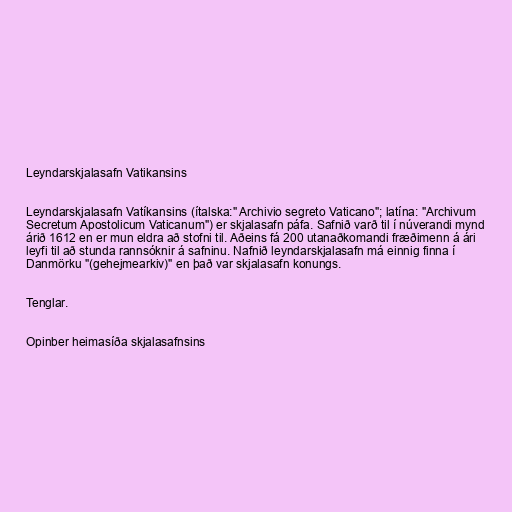
Leyndarskjalasafn Vatikansins

Leyndarskjalasafn Vatíkansins (ítalska:" Archivio segreto Vaticano"; latína: "Archivum
Secretum Apostolicum Vaticanum") er skjalasafn páfa. Safnið varð til í núverandi mynd
árið 1612 en er mun eldra að stofni til. Aðeins fá 200 utanaðkomandi fræðimenn á ári
leyfi til að stunda rannsóknir á safninu. Nafnið leyndarskjalasafn má einnig finna í
Danmörku "(gehejmearkiv)" en það var skjalasafn konungs.

Tenglar.

Opinber heimasíða skjalasafnsins